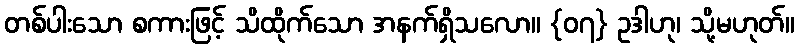
တစ်ပါးသော စကားဖြင့် သိထိုက်သော အနက်ရှိသလော။ {၀၇} ဥဒါဟု၊ သို့မဟုတ်။